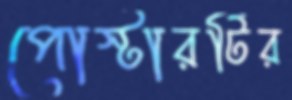
পোস্টারটির